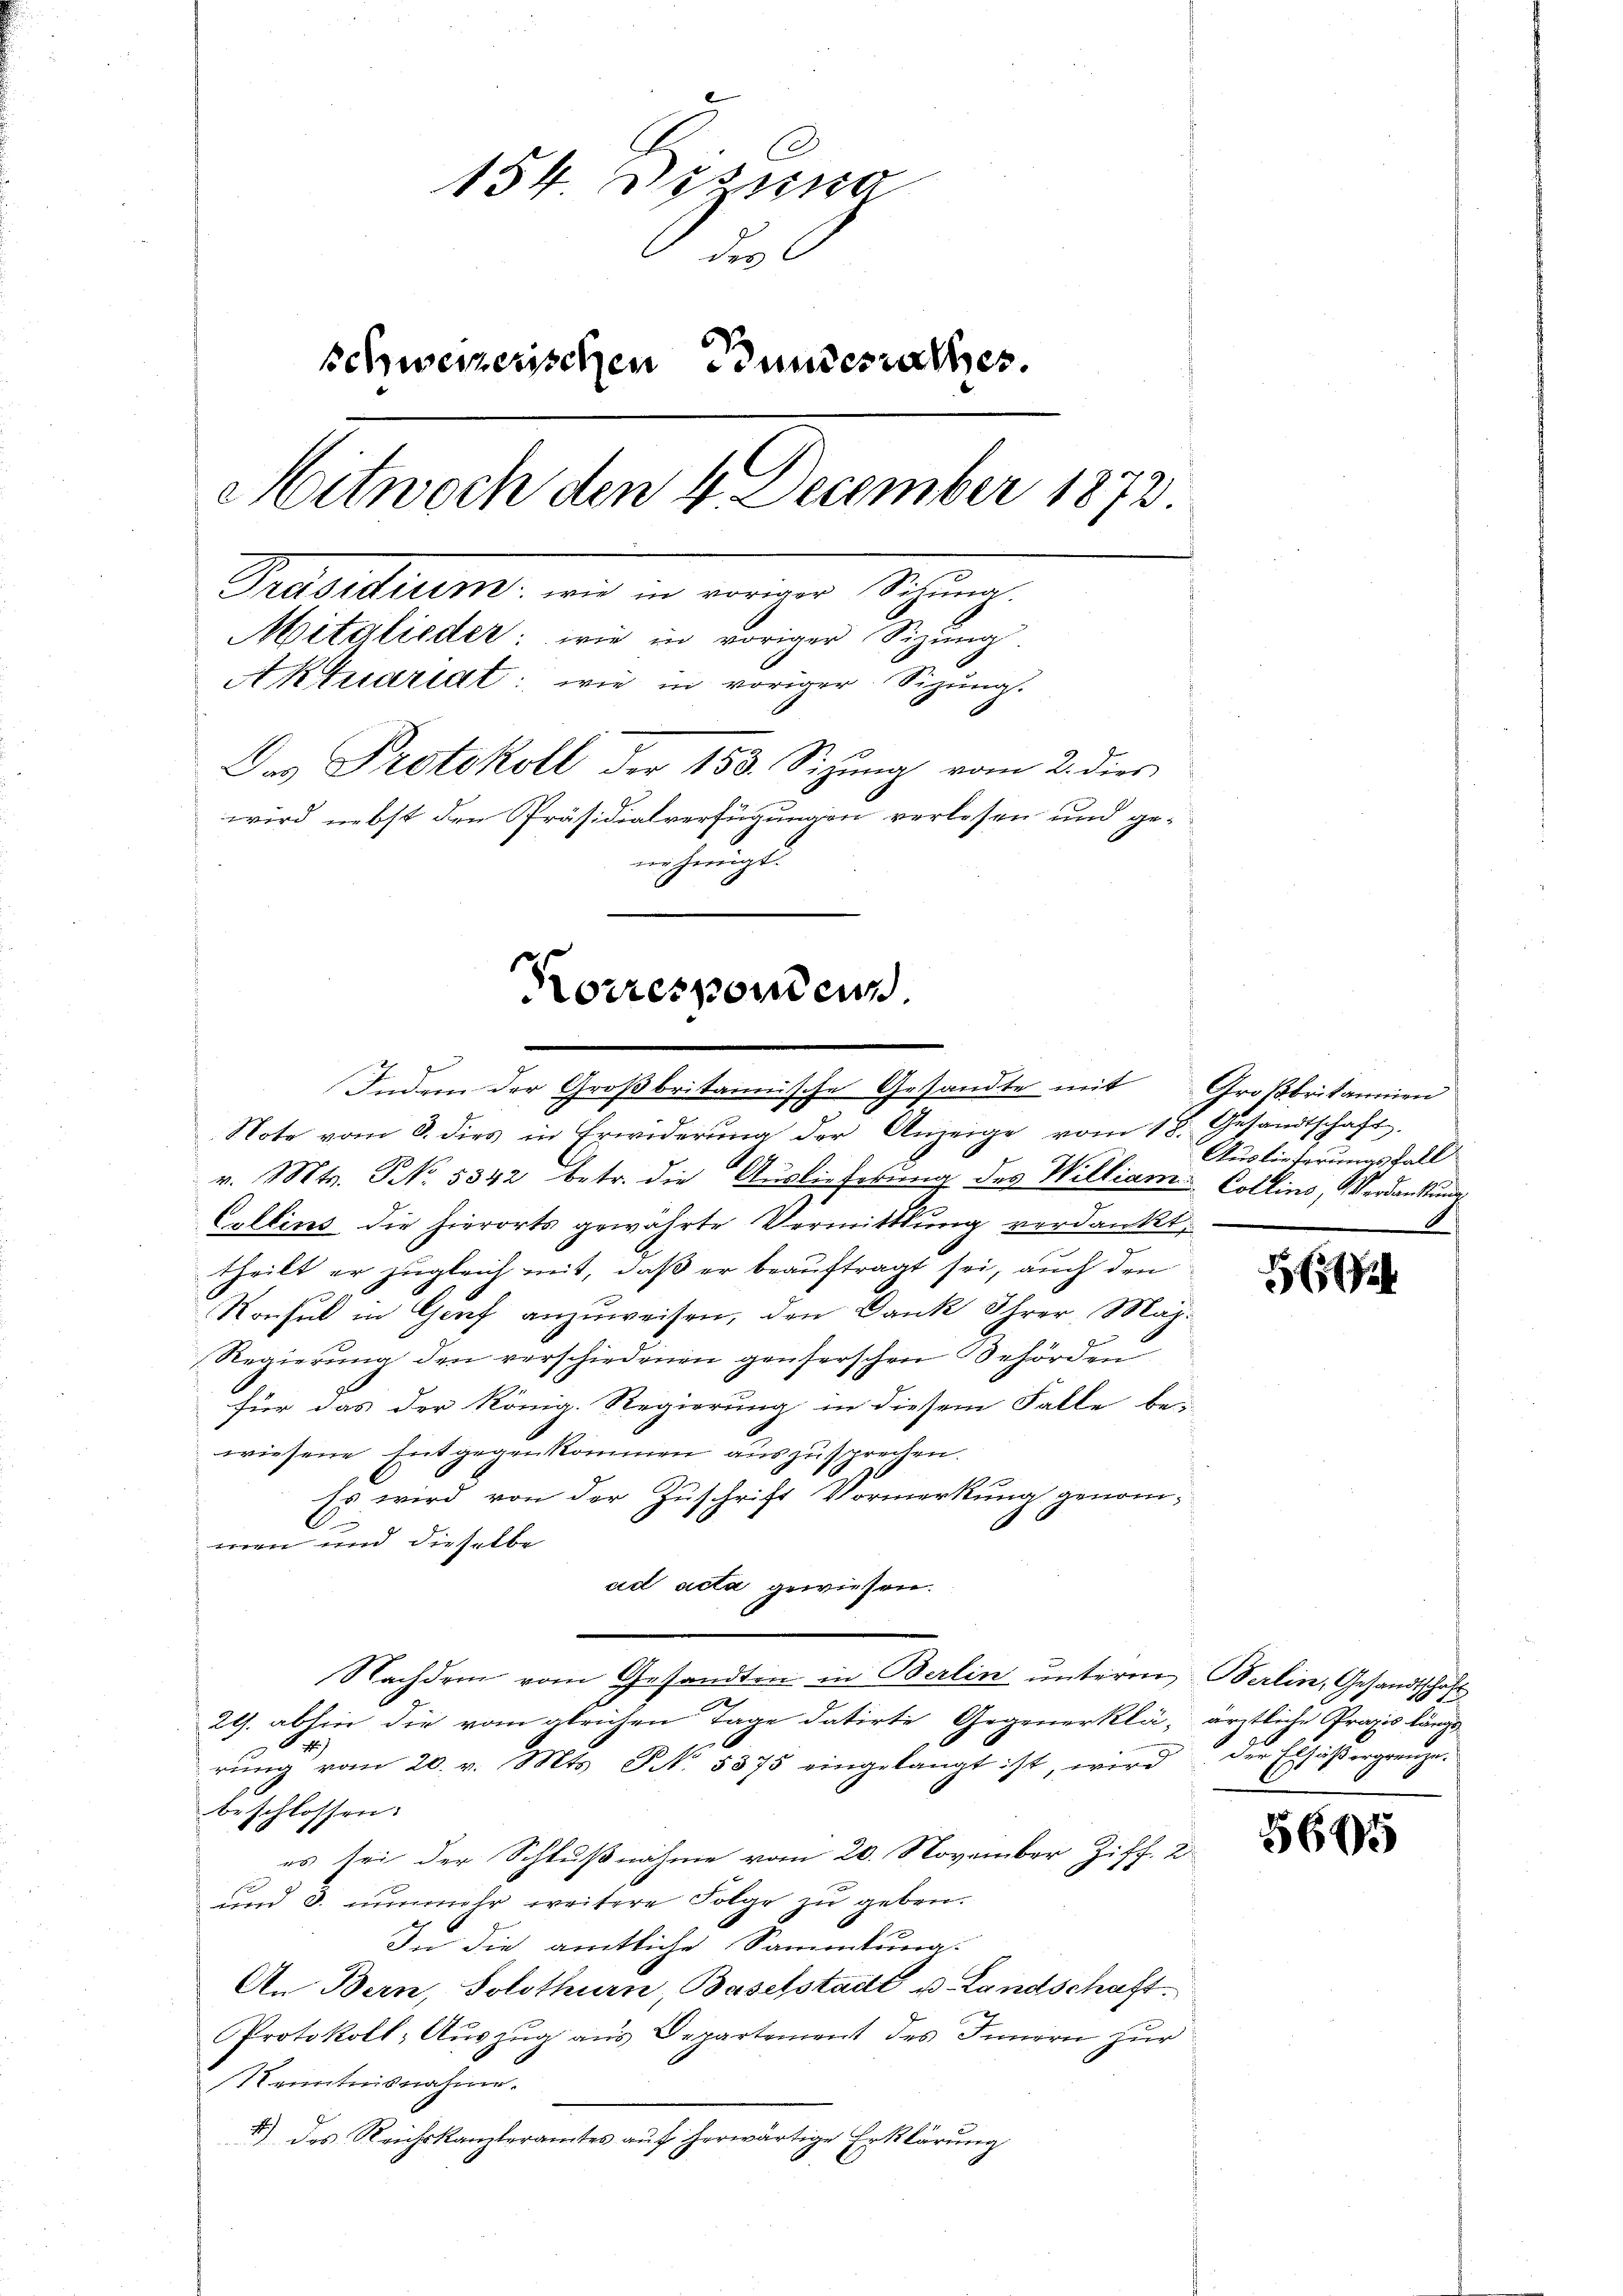
154 dessung
 des
schweizerischen Bundesrathes.
Mitwoch den 4 December 1873
Praediums, und in weiger Sching
Mitglieder: wie in voriger Sizung.
Aktuariat: wie in voriger Sizung.
Das Protokoll der 150. Sizung vom 2. dies
wird nebst den Präsidialverfügungen verlesen und ge-
nehmigt.

Indern der Großbritanische Gesandte mit Großbritannien

Korrespondern

Note vom 8. dies in Erwiderung der Anzeige vom 18. Gesandtschaft.
v. Mts. NNo. 5342 betr. die Auslieferung des William Collins, Mordankunde
Coltins die hierorts gewährte Vermittlung verdankt,
theilt er zugleich mit, daß er beauftragt sei, auch den
Konsul in Genf anzuweisen, den Dank Ihrer, Maj
Regierung den verschiedenen genserschen Behörden
für das der König. Regierung in diesem Falle bei
wiesene Entgegenkommen auszusprechen.
Es wird von der Zuschrift Vormerkung genom¬
.
6
men und dieselbe
acl acta gewiesen.
Nachdem vom Gesandten in Berlin ŭnterm Berlin, Gesandtschaft
2
2. abhin die vom gleichen Tage datirte Gegenerklä, ärztliche Praxis länge
be
rŭng vom 20. v. Mts. NNo. 5375 eingelangt ist, wird der Elsäβergrenze.
beschlossen:
es sei der Schlußnahme vom 20. November Ziff. 2
und 3. nunmehr weitere Folge zu geben.
In die amtliche Sammlung.
An Bern, Solothurn, Baselstadt u. Landschaft.
Protokoll- Auszug aus Departement des Innern zur
Kenntnisnahme.
8) des Reichskanzleramtes auf herwärtige Erklärung

Auslieferungsfall
d

H

5695